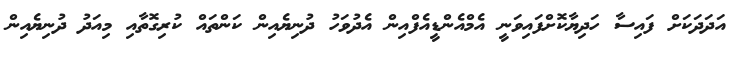
އަދަދަކަށް ފައިސާ ހަދިޔާކޮށްފައިވަނީ އެމްއެންޑީއެފްއިން އެދުވަހު ދުނިޔެއިން ކަންތައް ކުރިގޮތާއި މިއަދު ދުނިޔެއިން